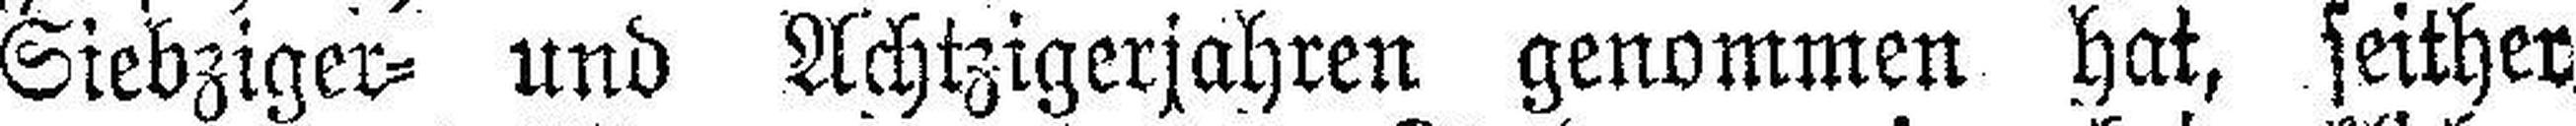
Siebziger= und Achtzigerjahren genommen hat, seither